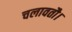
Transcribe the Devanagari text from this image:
चलावतौ।